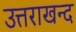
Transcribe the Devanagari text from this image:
उत्तराखन्द